Black-water fever - Number 35
Disease focus: Fever
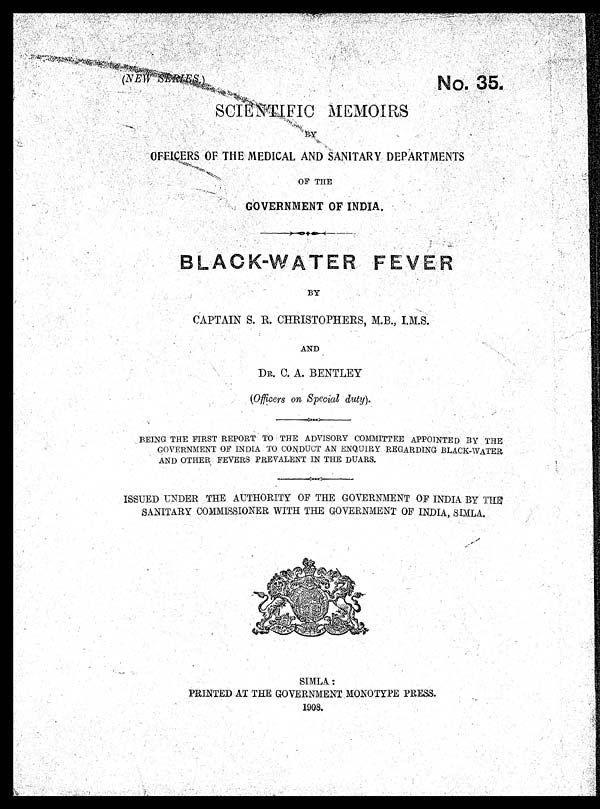
(NEW SERIES)
No. 35.
SCIENTIFIC MEMOIRS
By.
OFFICERS OF THE MEDICAL AND SANITARY DEPARTMENTS
OF THE
GOVERNMENT OF INDIA.
BLACK-WATER FEVER
FEVER
BY
CAPTAIN S. R. CHRISTOPHERS, M.B., I.M.S.
AND
DR. C. A. BENTLEY
(Officers on Special duty).
BEING THE FIRST REPORT TO THE ADVISORY COMMITTEE APPOINTED BY THE
GOVERNMENT OF INDIA TO CONDUCT AN ENQUIRY REGARDING BLACK-WATER
AND OTHER FEVERS PREVALENT IN THE DUARS.
ISSUED UNDER THE AUTHORITY OF THE GOVERNMENT OF INDIA BY THE
SANITARY COMMISSIONER WITH THE GOVERNMENT OF INDIA, SIMLA.
SIMLA:
PRINTED AT THE GOVERNMENT MONOTYPE PRESS.
1908.